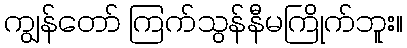
ကျွန်တော် ကြက်သွန်နီမကြိုက်ဘူး။